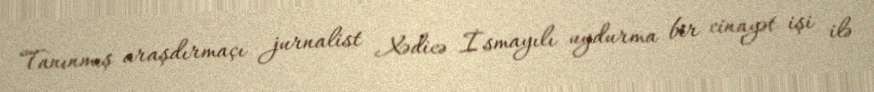
Tanınmış araşdırmaçı jurnalist Xədicə İsmayılı uydurma bir cinayət işi ilə